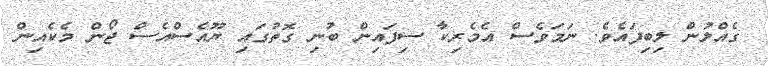
ގެއްލުން ލިބިފައެވެ. ނަމަވެސް އެމެރިކާ ސިފައިން ބުނި ގޮތުގައި ޔޫއެސްއެސް ޖޯން މެކެއިން